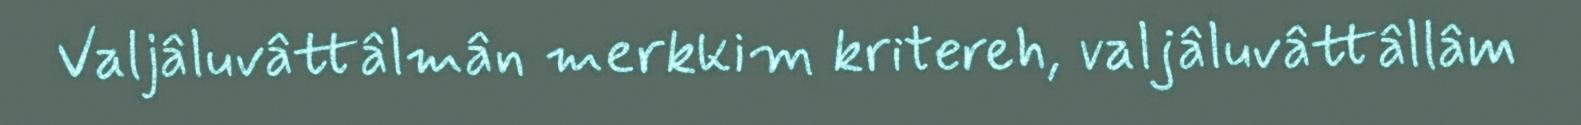
Valjâluvâttâlmân merkkim kritereh, valjâluvâttâllâm